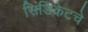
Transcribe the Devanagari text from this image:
सिंडिकेटचे